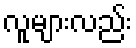
လူများလည်း